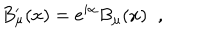
B _ { \mu } ^ { \prime } ( x ) = e ^ { i \alpha } B _ { \mu } ( x ) \; \; ,